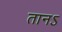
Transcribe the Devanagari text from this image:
तानऽ